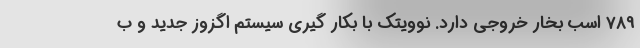
789 اسب بخار خروجی دارد. نوویتک با بکار گیری سیستم اگزوز جدید و ب